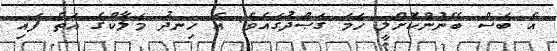
އެ ބަސް ބޭނުންކޮށްލީ ހަމަ ޤަޞްދުގައެވެ. އެ ހިނދު މަލާކްގެ އަތް ފައި